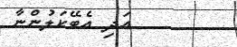
އަދި އެބޭކަލުންނާ